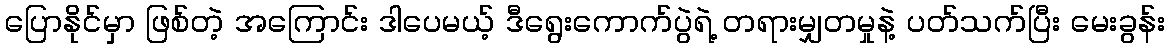
ပြောနိုင်မှာ ဖြစ်တဲ့ အကြောင်း ဒါပေမယ့် ဒီရွေးကောက်ပွဲရဲ့ တရားမျှတမှုနဲ့ ပတ်သက်ပြီး မေးခွန်း